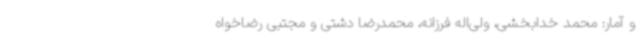
و آمار: محمد خدابخشی، ولی‌اله فرزانه، محمدرضا دشتی و مجتبی رضاخواه